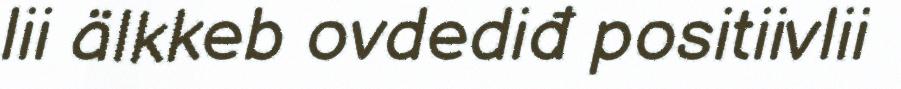
lii älkkeb ovdediđ positiivlii